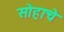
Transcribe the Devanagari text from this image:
सोहाचे